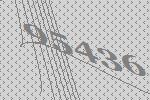
95436